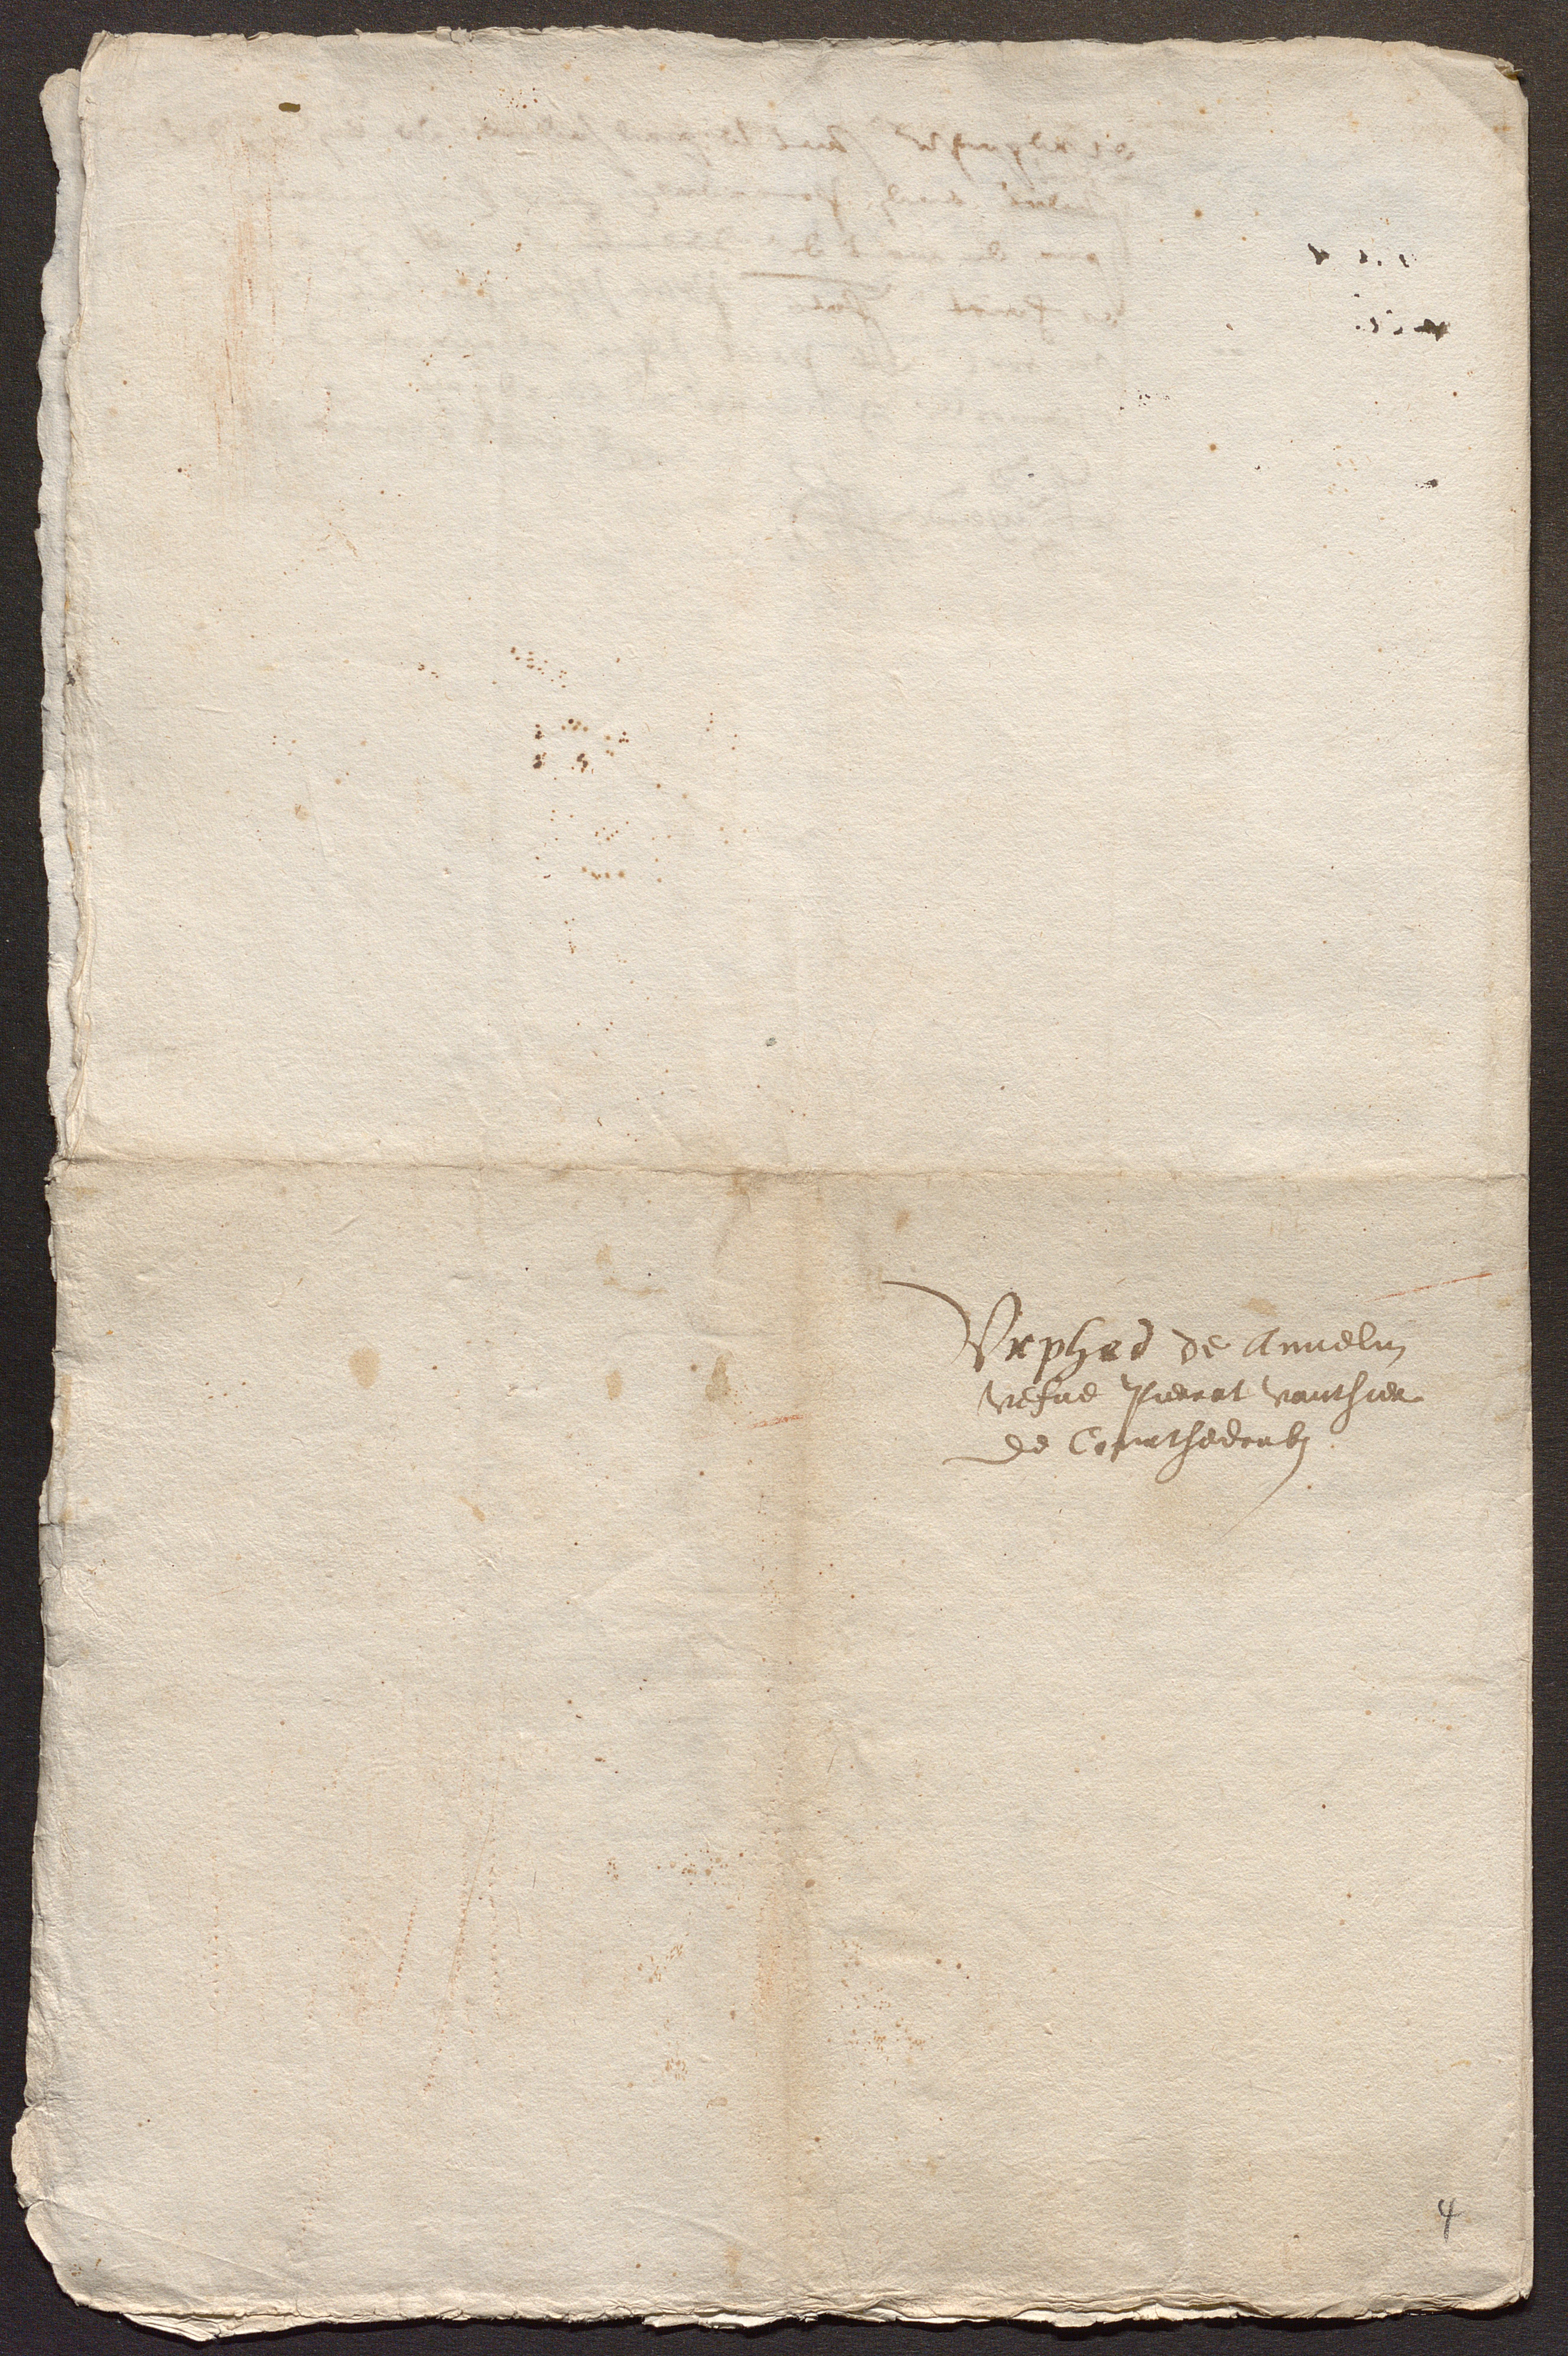
Urphed de Annelin
vefve Pierrat vauthier
de Courthedoubs